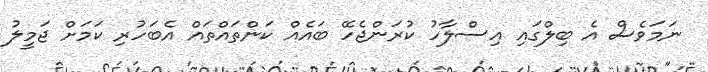
ނަމަވެސް އެ ބިލްގައި އިސްލާހު ކުރަންޖެހޭ ބައެއް ކަންތައްތައް އެބަހުރި ކަމަށް ޖަމީލު